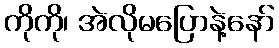
ကိုကို၊ အဲလိုမပြောနဲ့နော်